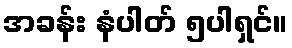
အခန်း နံပါတ် ၅ပါရှင်။